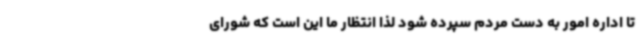
تا اداره امور به دست مردم سپرده شود لذا انتظار ما این است که شورای